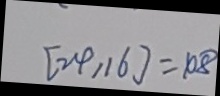
[ 2 4 , 1 6 ] = 1 0 8